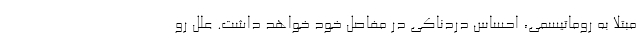
مبتلا به روماتیسمی، احساس دردناکی در مفاصل خود خواهد داشت. علل رو